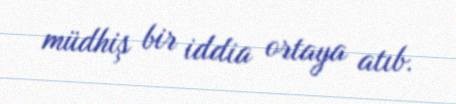
müdhiş bir iddia ortaya atıb.